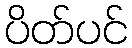
ပိတ်ပင်